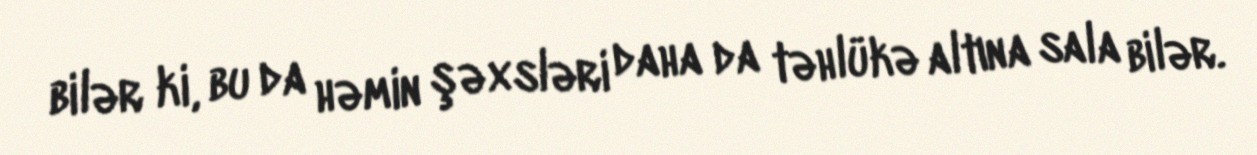
bilər ki, bu da həmin şəxsləri daha da təhlükə altına sala bilər.